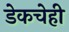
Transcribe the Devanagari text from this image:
डेकचेही